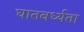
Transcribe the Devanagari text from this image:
घातवर्ध्यता